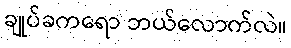
ချုပ်ခကရော ဘယ်လောက်လဲ။